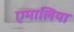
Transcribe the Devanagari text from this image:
एमालिया